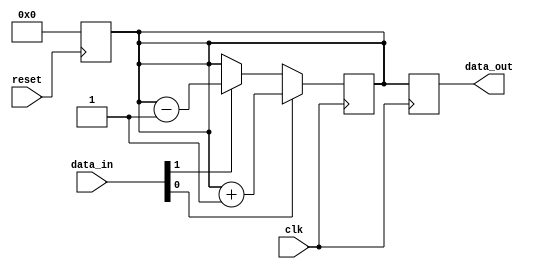
module negative_edge_sensitive_block (
    input wire clk,          // Clock input
    input wire reset,        // Asynchronous reset input
    input wire [3:0] data_in, // 4-bit input data
    output reg [3:0] data_out // 4-bit output data
);

// State variable to hold the current state
reg [3:0] current_state;

// Asynchronous reset to initialize the state
always @(posedge reset) begin
    current_state <= 4'b0000; // Initialize state to 0 on reset
end

// Negative edge sensitivity block
always @(negedge clk) begin
    // Conditional logic to update state based on input
    if (data_in[0]) begin
        current_state <= current_state + 1; // Increment state if data_in[0] is high
    end else if (data_in[1]) begin
        current_state <= current_state - 1; // Decrement state if data_in[1] is high
    end else begin
        current_state <= current_state; // Maintain current state
    end

    // Output generation based on current state
    data_out <= current_state; // Output the current state
end

endmodule